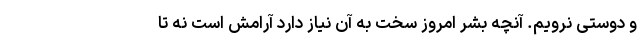
و دوستی نرویم. آنچه بشر امروز سخت به آن نیاز دارد آرامش است نه تا